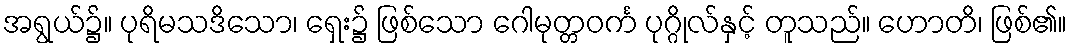
အရွယ်၌။ ပုရိမသဒိသော၊ ရှေး၌ ဖြစ်သော ဂေါမုတ္တဝင်္က ပုဂ္ဂိုလ်နှင့် တူသည်။ ဟောတိ၊ ဖြစ်၏။